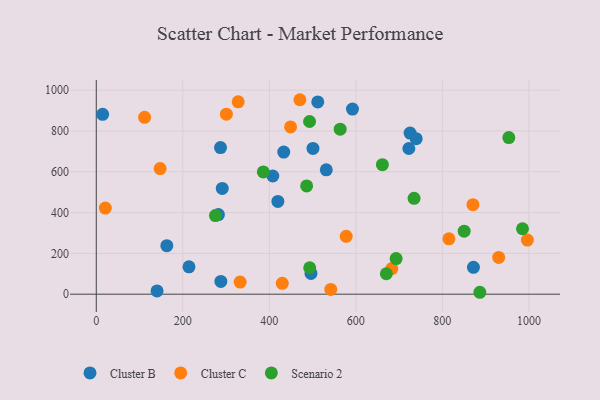
{"axis": {"x": "Distance", "y": "Exam Score"}, "legend": ["Cluster B", "Cluster C", "Scenario 2"], "data": [{"x": "419.8", "y": 454.8, "type": "Cluster B"}, {"x": "288.0", "y": 62.4, "type": "Cluster B"}, {"x": "496.3", "y": 101.9, "type": "Cluster B"}, {"x": "408.1", "y": 579.1, "type": "Cluster B"}, {"x": "291.2", "y": 518.1, "type": "Cluster B"}, {"x": "287.2", "y": 718.4, "type": "Cluster B"}, {"x": "722.5", "y": 713.9, "type": "Cluster B"}, {"x": "531.7", "y": 609.7, "type": "Cluster B"}, {"x": "282.3", "y": 390.2, "type": "Cluster B"}, {"x": "214.3", "y": 134.2, "type": "Cluster B"}, {"x": "140.5", "y": 15.8, "type": "Cluster B"}, {"x": "163.1", "y": 237.8, "type": "Cluster B"}, {"x": "871.8", "y": 131.6, "type": "Cluster B"}, {"x": "725.4", "y": 789.7, "type": "Cluster B"}, {"x": "433.4", "y": 696.6, "type": "Cluster B"}, {"x": "14.7", "y": 881.5, "type": "Cluster B"}, {"x": "512.0", "y": 942.0, "type": "Cluster B"}, {"x": "739.5", "y": 762.0, "type": "Cluster B"}, {"x": "592.2", "y": 907.0, "type": "Cluster B"}, {"x": "500.9", "y": 714.5, "type": "Cluster B"}, {"x": "449.1", "y": 819.9, "type": "Cluster C"}, {"x": "870.7", "y": 438.6, "type": "Cluster C"}, {"x": "111.7", "y": 866.7, "type": "Cluster C"}, {"x": "996.5", "y": 265.3, "type": "Cluster C"}, {"x": "430.0", "y": 53.2, "type": "Cluster C"}, {"x": "20.9", "y": 422.1, "type": "Cluster C"}, {"x": "930.2", "y": 180.2, "type": "Cluster C"}, {"x": "683.0", "y": 125.5, "type": "Cluster C"}, {"x": "542.0", "y": 23.4, "type": "Cluster C"}, {"x": "815.1", "y": 271.5, "type": "Cluster C"}, {"x": "577.7", "y": 283.8, "type": "Cluster C"}, {"x": "147.6", "y": 615.7, "type": "Cluster C"}, {"x": "300.7", "y": 882.2, "type": "Cluster C"}, {"x": "470.7", "y": 953.0, "type": "Cluster C"}, {"x": "328.0", "y": 942.6, "type": "Cluster C"}, {"x": "332.5", "y": 59.4, "type": "Cluster C"}, {"x": "493.4", "y": 129.7, "type": "Scenario 2"}, {"x": "886.6", "y": 9.4, "type": "Scenario 2"}, {"x": "850.4", "y": 308.9, "type": "Scenario 2"}, {"x": "985.2", "y": 320.7, "type": "Scenario 2"}, {"x": "661.4", "y": 634.8, "type": "Scenario 2"}, {"x": "734.6", "y": 469.9, "type": "Scenario 2"}, {"x": "693.1", "y": 174.7, "type": "Scenario 2"}, {"x": "493.0", "y": 846.2, "type": "Scenario 2"}, {"x": "275.5", "y": 385.2, "type": "Scenario 2"}, {"x": "670.5", "y": 100.3, "type": "Scenario 2"}, {"x": "953.6", "y": 767.5, "type": "Scenario 2"}, {"x": "563.8", "y": 808.8, "type": "Scenario 2"}, {"x": "486.3", "y": 530.8, "type": "Scenario 2"}, {"x": "386.1", "y": 599.4, "type": "Scenario 2"}]}